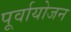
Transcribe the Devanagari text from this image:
पूर्वायोजन